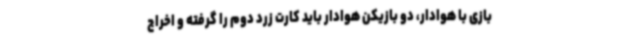
بازی با هوادار، دو بازیکن هوادار باید کارت زرد دوم را گرفته و اخراج